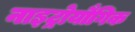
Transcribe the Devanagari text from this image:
नाइट्रोयौगिक